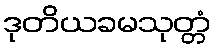
ဒုတိယခမသုတ္တံ